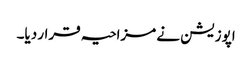
اپوزیشن نے مزاحیہ قرار دیا۔